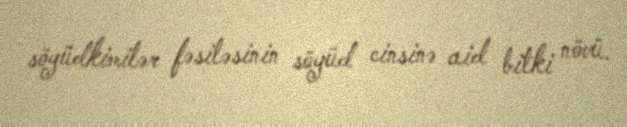
söyüdkimilər fəsiləsinin söyüd cinsinə aid bitki növü.